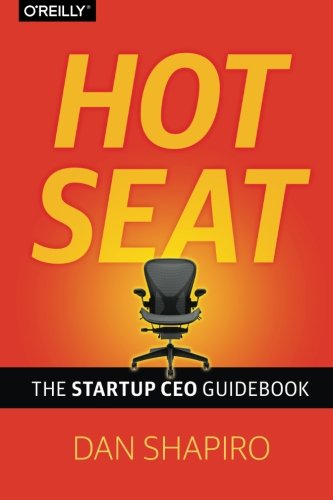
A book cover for Hot Seat: The Startup CEO Guidebook; Dan Shapiro; Business & Money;